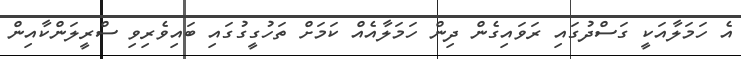
އެ ހަމަލާއަކީ ގަސްދުގައި ރަވައިގެން ދިން ހަމަލާއެއް ކަމަށް ތަހުގީގުގައި ބައިވެރިވި ސްރީލަންކާއިން